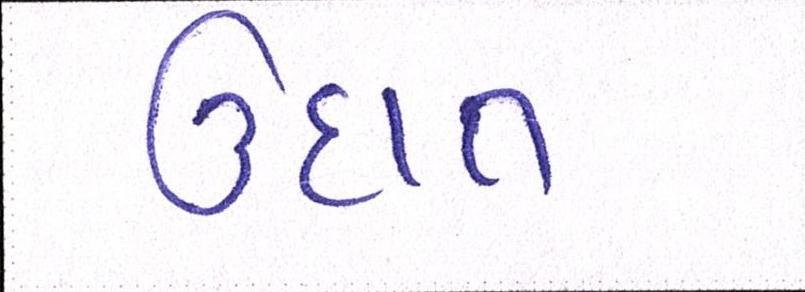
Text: ઉદાત્ત